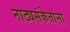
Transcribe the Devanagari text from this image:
नाट्यसंकेतांना